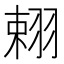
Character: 𦐾